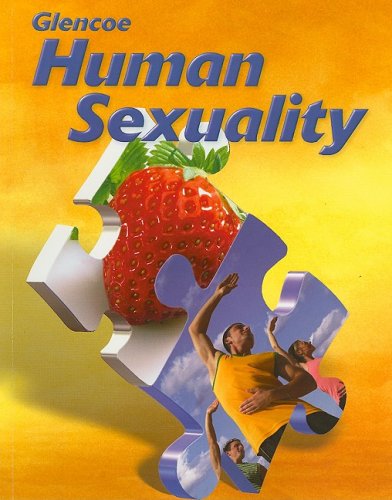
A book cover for Human Sexuality; Mary Bronson; Teen & Young Adult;